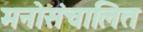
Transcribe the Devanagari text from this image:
मनोसंचालित